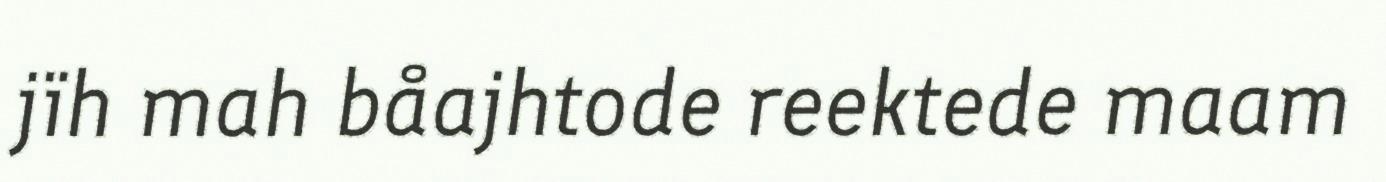
jïh mah båajhtode reektede maam